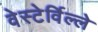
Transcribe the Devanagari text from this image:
वेस्टेर्विल्ले